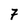
Character: 7